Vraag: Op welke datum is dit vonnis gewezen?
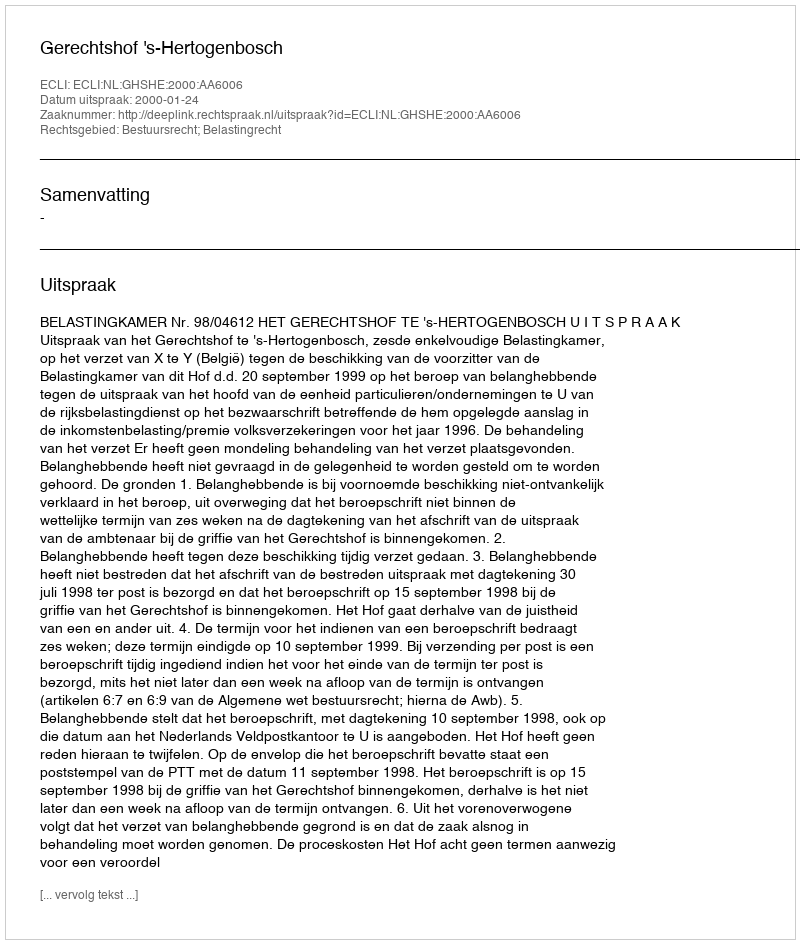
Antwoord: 2000-01-24